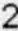
2